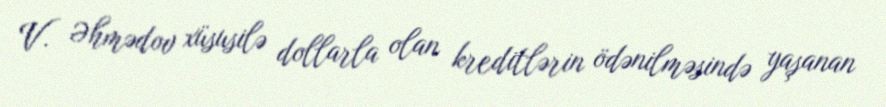
V. Əhmədov xüsusilə dollarla olan kreditlərin ödənilməsində yaşanan